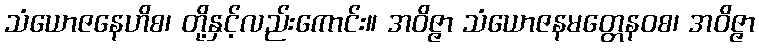
သံယောဇနေဟိစ၊ တို့နှင့်လည်းကောင်း။ အဝိဇ္ဇာ သံယောဇနမတ္တေနဝစ၊ အဝိဇ္ဇာ